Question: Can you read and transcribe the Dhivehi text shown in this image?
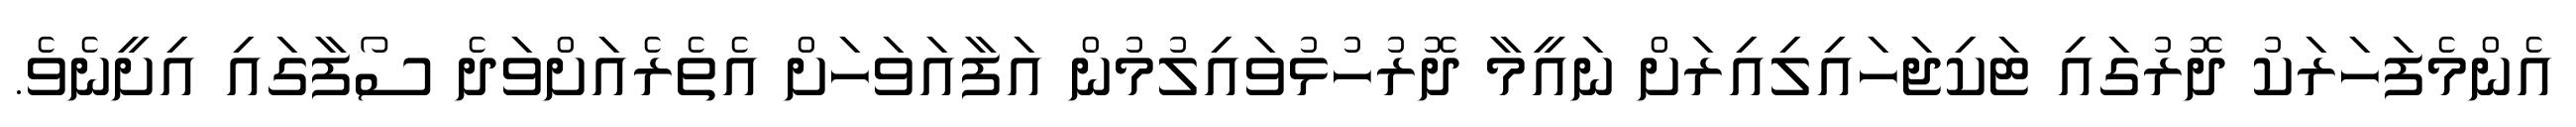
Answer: އެންމެފަހަރަކު ދޮރުގައި ޓަކިޖަހައިލިއިރަށް ނައީމާ ދޮރުހުޅުވައިލުމުން އަފާއަވަހަށް އެތެރެއަށްވަދެ ސޯފާގައި އިށީނެވެ.